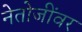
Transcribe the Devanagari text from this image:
नेतोजींवर